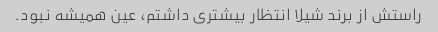
راستش از برند شیلا انتظار بیشتری داشتم، عین همیشه نبود.